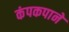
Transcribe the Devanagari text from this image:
कंपकपाने